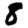
Digit: 8